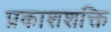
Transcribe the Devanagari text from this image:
प्रकाशशक्ति